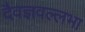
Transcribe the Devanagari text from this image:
दैवज्ञवल्लभा